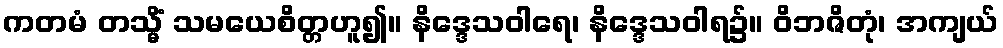
ကတမံ တသ္မိံ သမယေစိတ္တဟူ၍။ နိဒ္ဒေသဝါရေ၊ နိဒ္ဒေသဝါရ၌။ ဝိဘဇိတုံ၊ အကျယ်